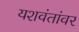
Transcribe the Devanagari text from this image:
यशवंतांवर